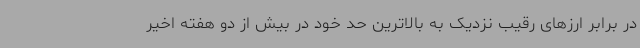
در برابر ارزهای رقیب نزدیک به بالاترین حد خود در بیش از دو هفته اخیر